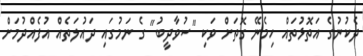
ދެކުނުގެ އަތޮޅުތައް ހިމެނޭ ގޮތަށް ވަކި "ސުވާދީބު" ގެ ނަމުގައި ދައުލަތެއް އުފެއްދުމަށް